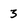
Character: 3